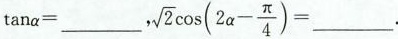
则$$\tan α = _____$$， $$,\sqrt { 2 } \cos ( 2 α - \frac { π } {4 } ) = ___$$